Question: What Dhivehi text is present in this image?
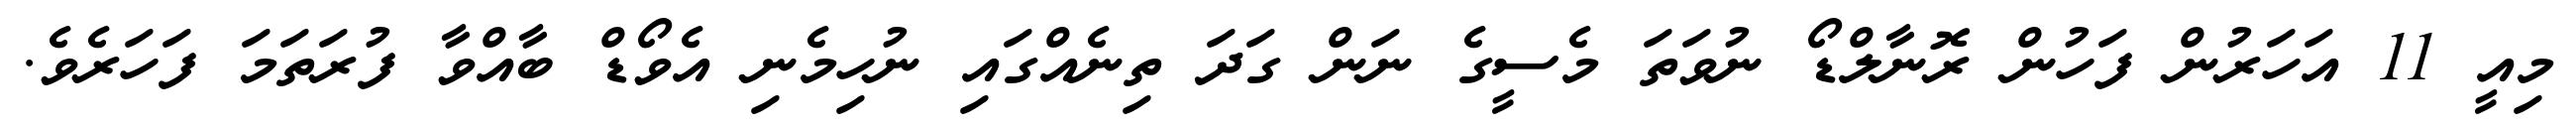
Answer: މިއީ 11 އަހަރުން ފަހުން ރޮނާލްޑޯ ނުވަތަ މެސީގެ ނަން ގަދަ ތިނެއްގައި ނުހިމެނި އެވޯޑް ބާއްވާ ފުރަތަމަ ފަހަރެވެ.